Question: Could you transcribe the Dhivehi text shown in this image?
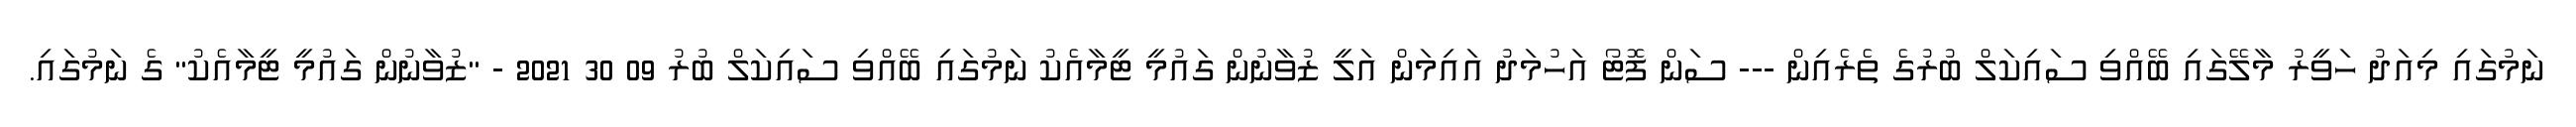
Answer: ނަމުގައި މިއަދު ހަވީރު މާލޭގައި ބޭއްވި ސައިކަލް ބުރުގެ ތެރެއިން --- ސަން ފޮޓޯ އަހުމަދު އައިމަން އަލީ ޒުވާނުން ގައުމީ ޓީމާއެކު ނަމުގައި ބޭއްވި ސައިކަލް ބުރު 09 30 2021 - "ޒުވާނުން ގައުމީ ޓީމާއެކު" ގެ ނަމުގައި.